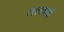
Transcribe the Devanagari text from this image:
तत्कार्य